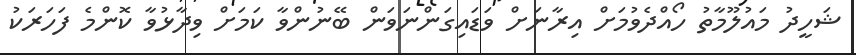
ޝަހީދު މައުލޫމާތު ހޯއްދެވުމަށް އިރާނަށް ވަޑައިގަންނަވަން ބޭނުންވާ ކަމަށް ވިދާޅުވާ ކޮންމެ ފަހަރަކު